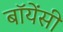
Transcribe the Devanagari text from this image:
बॉयेंसी